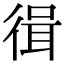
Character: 㣬